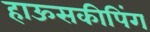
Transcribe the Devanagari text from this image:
हाऊसकीपिंग